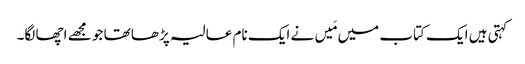
کہتی ہیں ایک کتاب میں مَیں نے ایک نام عالیہ پڑھا تھا جو مجھے اچھا لگا۔